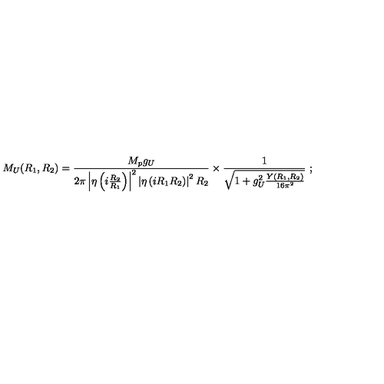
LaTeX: M _ { U } ( R _ { 1 } , R _ { 2 } ) = \frac { M _ { p } g _ { U } } { { 2 \pi } \left| \eta \left( i \frac { R _ { 2 } } { R _ { 1 } } \right) \right| ^ { 2 } \left| \eta \left( i R _ { 1 } R _ { 2 } \right) \right| ^ { 2 } R _ { 2 } } \times \frac { 1 } { \sqrt { 1 + g _ { U } ^ { 2 } \frac { Y ( R _ { 1 } , R _ { 2 } ) } { 1 6 \pi ^ { 2 } } } } \ ;